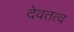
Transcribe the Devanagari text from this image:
देवतत्व